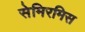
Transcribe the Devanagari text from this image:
सेमिरमिस